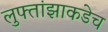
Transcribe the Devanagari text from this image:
लुफ्तांझाकडेच